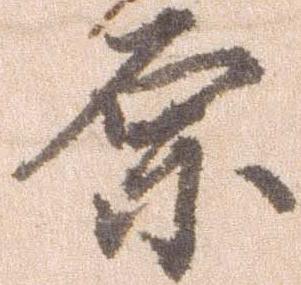
原